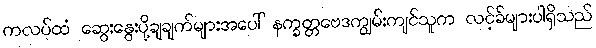
ကလပ်ထံ ဆွေးနွေးပို့ချချက်များအပေါ် နက္ခတ္တဗေဒကျွမ်းကျင်သူက လင့်ခ်များပါရှိသည်